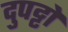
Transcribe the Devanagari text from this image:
दुपट्टों